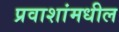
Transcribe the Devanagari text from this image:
प्रवाशांमधील